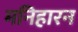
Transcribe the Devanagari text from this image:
मनिहारन